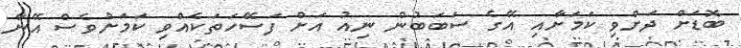
ބޮޑަށް ދަށްވި ކަމަށާއި އޭގެ ސަބަބުން ނިއު އަށް ފަސޭހަތަކެއްވި ކަމަށްވެސް އޭނާ